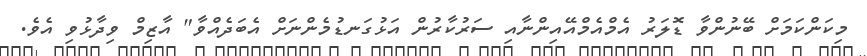
މިކަންކަމަށް ބޭނުންވާ ޑޮލަރު އެމްއެމްއޭއިންނާއި ސަރުކާރުން އަޅުގަނޑުމެންނަށް އެބަދެއްވާ" އާޒިމް ވިދާޅުވި އެވެ.